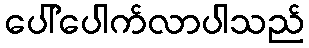
ပေါ်ပေါက်လာပါသည်